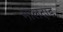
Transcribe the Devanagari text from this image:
मालदाड